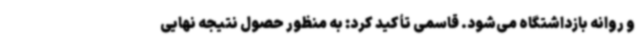
و روانه بازداشتگاه می‌شود. قاسمی تأکید کرد: به منظور حصول نتیجه نهایی